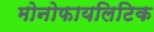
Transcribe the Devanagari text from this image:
मोनोफायलिटिक